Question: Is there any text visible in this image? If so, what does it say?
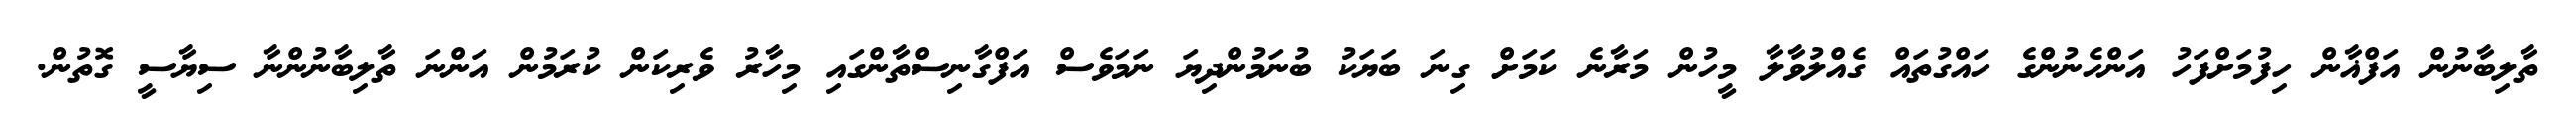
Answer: ތާލިބާނުން އަފްޣާން ހިފުމަށްފަހު އަންހެނުންގެ ހައްގުތައް ގެއްލުވާލާ މީހުން މަރާނެ ކަމަށް ގިނަ ބަޔަކު ބުނަމުންދިޔަ ނަމަވެސް އަފްގާނިސްތާންގައި މިހާރު ވެރިކަން ކުރަމުން އަންނަ ތާލިބާނުންނާ ސިޔާސީ ގޮތުން.